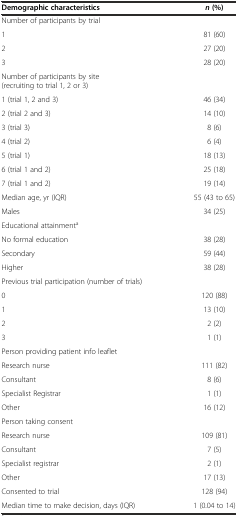
<table><thead><tr><td><b>Demographic characteristics</b></td><td><b><i>n</i>(%)</b></td></tr></thead><tbody><tr><td>Number of participants by trial</td><td></td></tr><tr><td>1</td><td>81 (60)</td></tr><tr><td>2</td><td>27 (20)</td></tr><tr><td>3</td><td>28 (20)</td></tr><tr><td>Number of participants by site (recruiting to trial 1, 2 or 3)</td><td></td></tr><tr><td>1 (trial 1, 2 and 3)</td><td>46 (34)</td></tr><tr><td>2 (trial 2 and 3)</td><td>14 (10)</td></tr><tr><td>3 (trial 3)</td><td>8 (6)</td></tr><tr><td>4 (trial 2)</td><td>6 (4)</td></tr><tr><td>5 (trial 1)</td><td>18 (13)</td></tr><tr><td>6 (trial 1 and 2)</td><td>25 (18)</td></tr><tr><td>7 (trial 1 and 2)</td><td>19 (14)</td></tr><tr><td>Median age, yr (IQR)</td><td>55 (43 to 65)</td></tr><tr><td>Males</td><td>34 (25)</td></tr><tr><td>Educational attainment<sup>a</sup></td><td></td></tr><tr><td>No formal education</td><td>38 (28)</td></tr><tr><td>Secondary</td><td>59 (44)</td></tr><tr><td>Higher</td><td>38 (28)</td></tr><tr><td>Previous trial participation (number of trials)</td><td></td></tr><tr><td>0</td><td>120 (88)</td></tr><tr><td>1</td><td>13 (10)</td></tr><tr><td>2</td><td>2 (2)</td></tr><tr><td>3</td><td>1 (1)</td></tr><tr><td>Person providing patient info leaflet</td><td></td></tr><tr><td>Research nurse</td><td>111 (82)</td></tr><tr><td>Consultant</td><td>8 (6)</td></tr><tr><td>Specialist Registrar</td><td>1 (1)</td></tr><tr><td>Other</td><td>16 (12)</td></tr><tr><td>Person taking consent</td><td></td></tr><tr><td>Research nurse</td><td>109 (81)</td></tr><tr><td>Consultant</td><td>7 (5)</td></tr><tr><td>Specialist registrar</td><td>2 (1)</td></tr><tr><td>Other</td><td>17 (13)</td></tr><tr><td>Consented to trial</td><td>128 (94)</td></tr><tr><td>Median time to make decision, days (IQR)</td><td>1 (0.04 to 14)</td></tr></tbody></table>